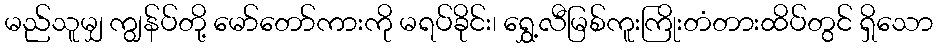
မည်သူမျှ ကျွန်ပ်တို့ မော်တော်ကားကို မရပ်ခိုင်း၊ ရွှေ့လီမြစ်ကူးကြိုးတံတားထိပ်တွင် ရှိသော